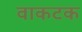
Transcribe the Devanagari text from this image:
वाकटक